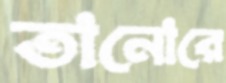
তানোরে